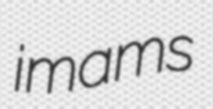
imams